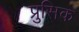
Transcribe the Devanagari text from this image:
प्रुसिक